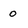
Character: 0